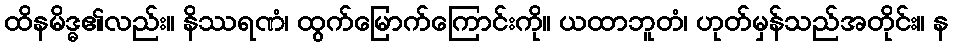
ထိနမိဒ္ဓ၏လည်း။ နိဿရဏံ၊ ထွက်မြောက်ကြောင်းကို။ ယထာဘူတံ၊ ဟုတ်မှန်သည်အတိုင်း။ န